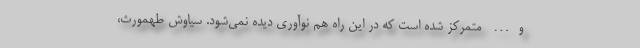
و… متمرکز شده است که در این راه هم نوآوری دیده نمی‌شود. سیاوش طهمورث،